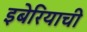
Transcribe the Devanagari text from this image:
इबेरियाची